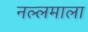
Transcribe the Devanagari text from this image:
नल्लमाला